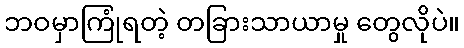
ဘဝမှာကြုံရတဲ့ တခြားသာယာမှု တွေလိုပဲ။